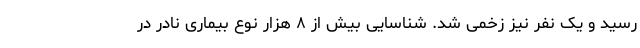
رسید و یک نفر نیز زخمی شد. شناسایی بیش از ۸ هزار نوع بیماری نادر در